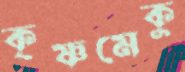
কৃষ্ণমেকু